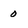
Character: 0